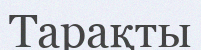
Тарақты